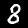
Label: 8